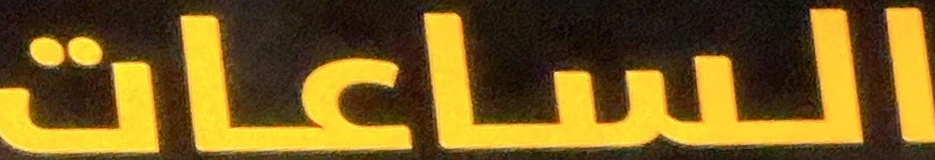
الساعات